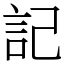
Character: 記